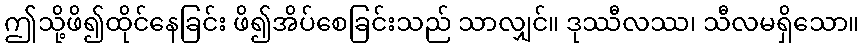
ဤသို့ဖိ၍ထိုင်နေခြင်း ဖိ၍အိပ်စေခြင်းသည် သာလျှင်။ ဒုဿီလဿ၊ သီလမရှိသော။